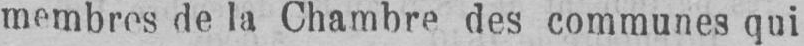
membres de la Chambre des communes qui